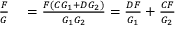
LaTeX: \begin{array} { r l } { { \frac { F } { G } } } & { { } = { \frac { F ( C G _ { 1 } + D G _ { 2 } ) } { G _ { 1 } G _ { 2 } } } = { \frac { D F } { G _ { 1 } } } + { \frac { C F } { G _ { 2 } } } } \end{array}